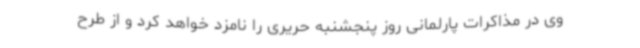
وی در مذاکرات پارلمانی روز پنجشنبه حریری را نامزد خواهد کرد و از طرح